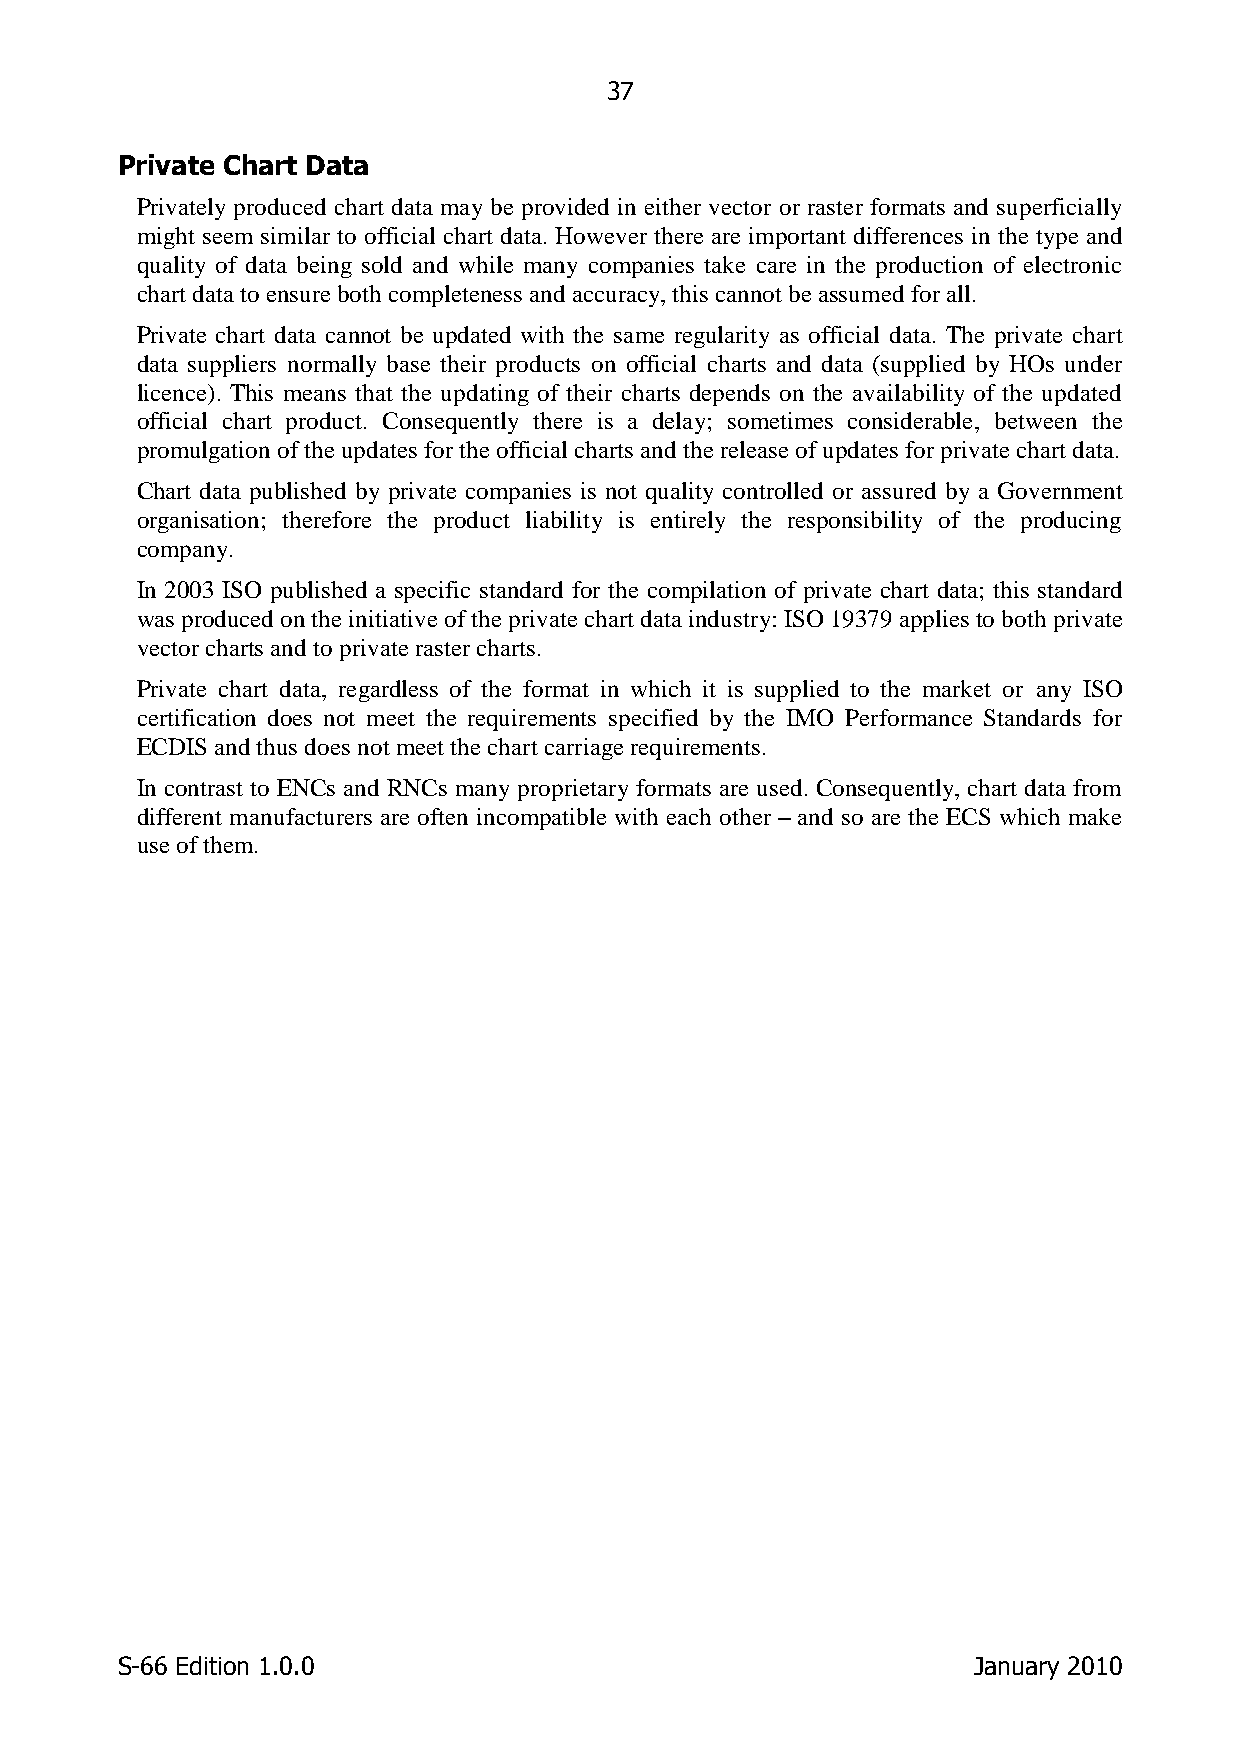
37
 Private Chart Data
 Privately produced chart data may be provided in either vector or raster formats and superficially
 might seem similar to official chart data. However there are important differences in the type and
 quality of data being sold and while many companies take care in the production of electronic
 chart data to ensure both completeness and accuracy, this cannot be assumed for all.
 Private chart data cannot be updated with the same regularity as official data. The private chart
 data suppliers normally base their products on official charts and data (supplied by HOs under
 licence). This means that the updating of their charts depends on the availability of the updated
 official chart product. Consequently there is a delay; sometimes considerable, between the
 promulgation of the updates for the official charts and the release of updates for private chart data.
 Chart data published by private companies is not quality controlled or assured by a Government
 organisation; therefore the product liability is entirely the responsibility of the producing
 company.
 In 2003 ISO published a specific standard for the compilation of private chart data; this standard
 was produced on the initiative of the private chart data industry: ISO 19379 applies to both private
 vector charts and to private raster charts.
 Private chart data, regardless of the format in which it is supplied to the market or any ISO
 certification does not meet the requirements specified by the IMO Performance Standards for
 ECDIS and thus does not meet the chart carriage requirements.
 In contrast to ENCs and RNCs many proprietary formats are used. Consequently, chart data from
 different manufacturers are often incompatible with each other – and so are the ECS which make
 use of them.
 S-66 Edition 1.0.0                                      January 2010